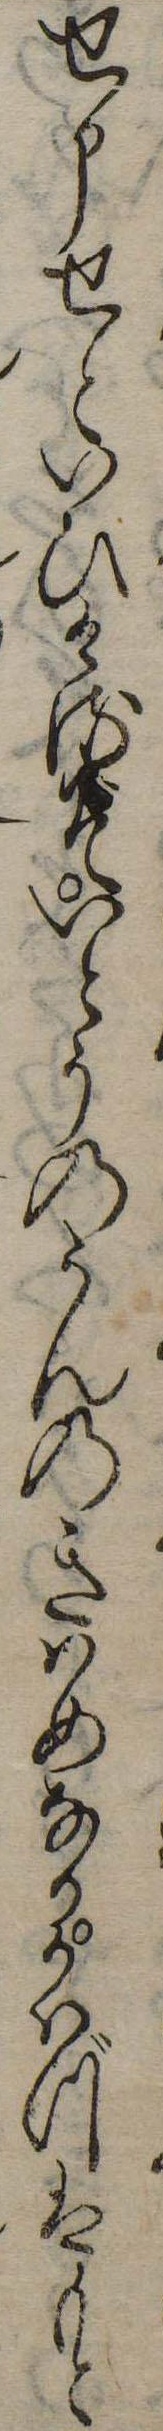
せ申せといひけるぞいとうのうんのきはめなりかはづはもと